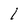
Character: I